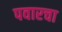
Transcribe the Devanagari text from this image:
पवारचा